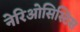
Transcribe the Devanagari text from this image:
नेरिओसिस्टिस